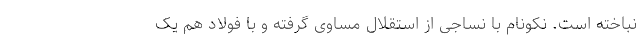
نباخته است. نکونام با نساجی از استقلال مساوی گرفته و با فولاد هم یک